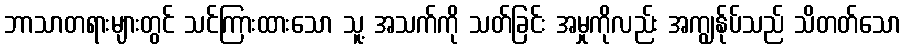
ဘာသာတရားများတွင် သင်ကြားထားသော သူ့ အသက်ကို သတ်ခြင်း အမှုကိုလည်း အကျွန်ုပ်သည် သိတတ်သော